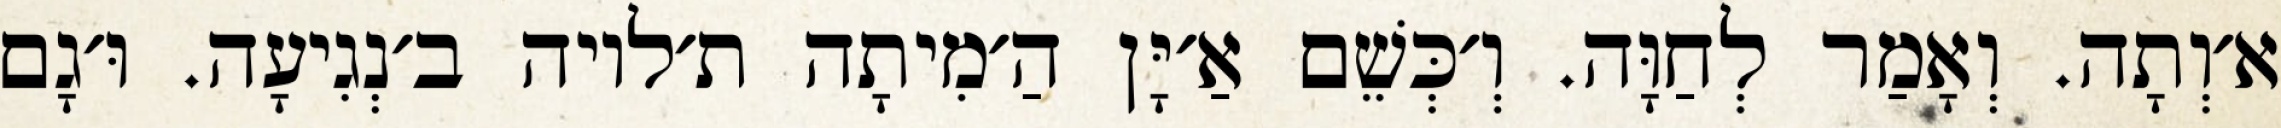
א׳וְתָה. וְאָמַר לְחַוָּה. וְ׳כְּשֵׁם אַ׳יָּן הַ׳מִיתָה ת׳לויה ב׳נְגִיעָה. וּ׳גָם